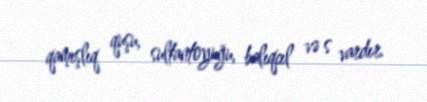
qamışlıq quşu, sultantoyuğu, balıqcıl və s vardır.